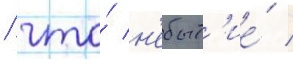
/ что́ н'ебыт'ие́ /